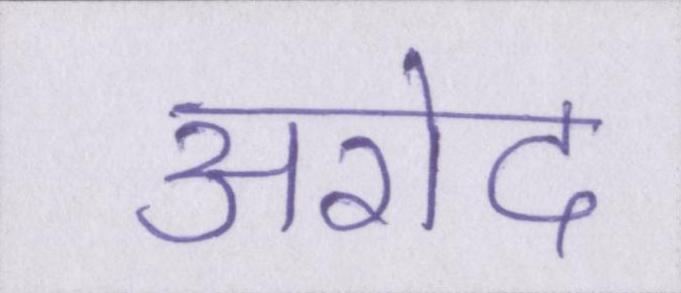
अरोद